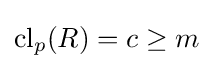
\mathrm {cl} _{p}(R)=c\geq m